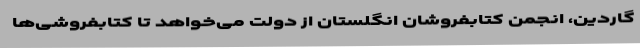
گاردین، انجمن کتابفروشان انگلستان از دولت می‌خواهد تا کتابفروشی‌ها